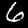
Digit: 6